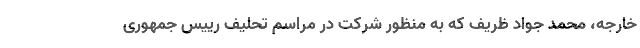
خارجه، محمد جواد ظریف که به منظور شرکت در مراسم تحلیف رییس جمهوری